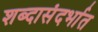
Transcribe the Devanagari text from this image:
शब्दासंदर्भात